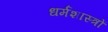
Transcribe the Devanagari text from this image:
धर्मशास्‍त्रों